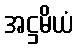
အဋ္ဌမိယံ